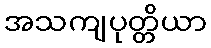
အသကျပုတ္တိယာ